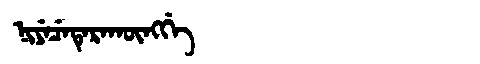
Manchu: ᠨᡳᠶᡝᠴᡝᡨᡝᡵᠠᡴᡡᠩᡤᡝ
Romanization: NIYECETERAKŪNGGE